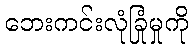
ဘေးကင်းလုံခြုံမှုကို